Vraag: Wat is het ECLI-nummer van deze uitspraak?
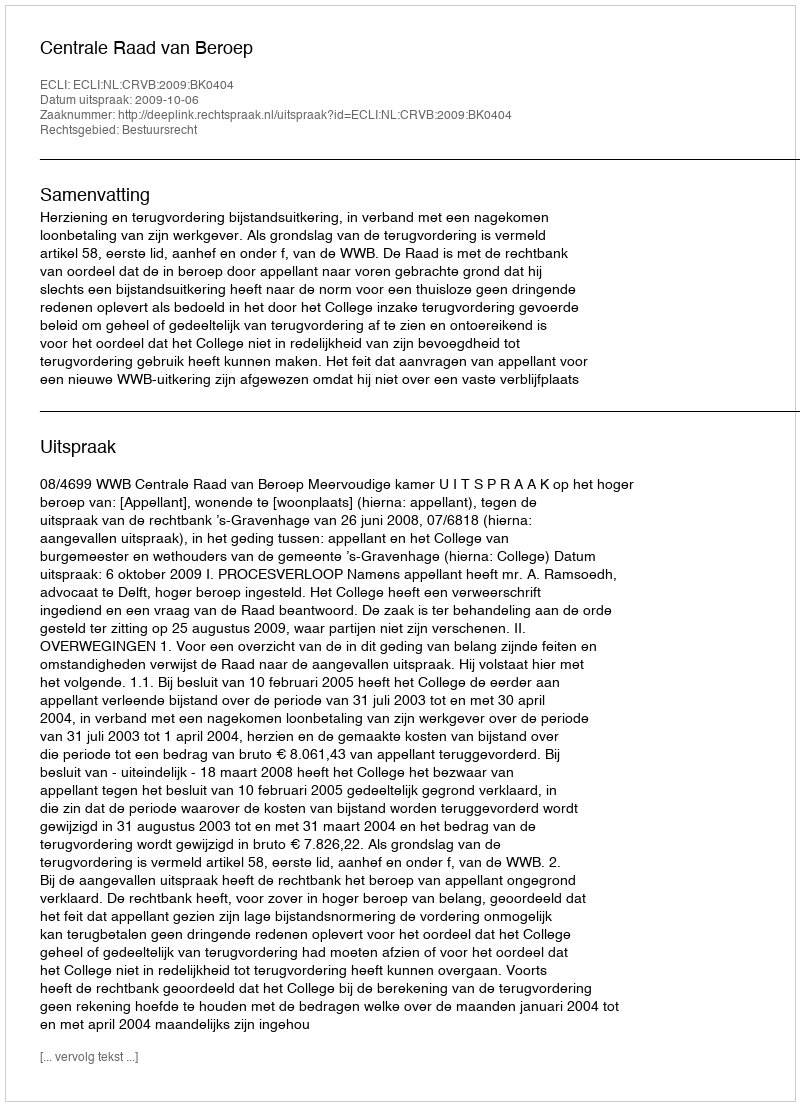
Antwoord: ECLI:NL:CRVB:2009:BK0404